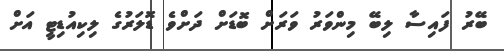
ބޭރު ފައިސާ ލިބޭ މިންވަރު ވަރަށް ބޮޑަށް ދަށްވެ ޑޮލަރުގެ ލިކިއުޑިޓީ އަށް